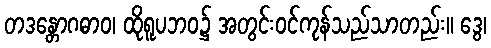
တဒန္တောဂဓာဝ၊ ထိုရူပဘဝ၌ အတွင်းဝင်ကုန်သည်သာတည်း။ ဒွေ၊